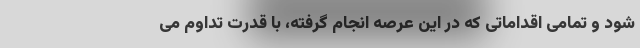
شود و تمامی اقداماتی که در این عرصه انجام گرفته، با قدرت تداوم می